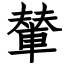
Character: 輦